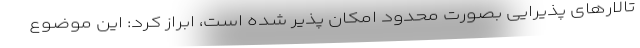
تالارهای پذیرایی بصورت محدود امکان پذیر شده است، ابراز کرد: این موضوع